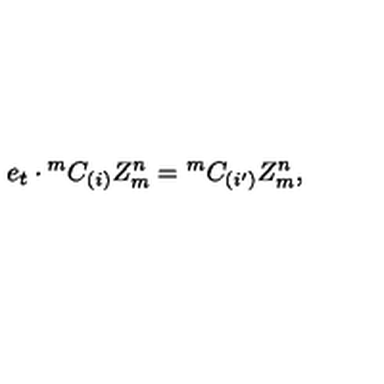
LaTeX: e _ { t } \cdot { ^ m C _ { ( i ) } } Z _ { m } ^ { n } = { ^ m C _ { ( i ^ { \prime } ) } } Z _ { m } ^ { n } ,